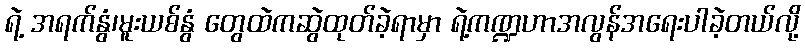
ရဲ့ အရက်နွံ၊မူးယစ်နွံ တွေထဲကဆွဲထုတ်ခဲ့ရာမှာ ရဲ့ကဏ္ဍဟာအလွန်အရေးပါခဲ့တယ်လို့